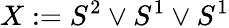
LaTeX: X:=S^{2}\vee S^{1}\vee S^{1}